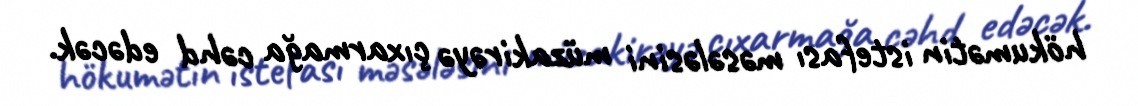
hökumətin istefası məsələsini müzakirəyə çıxarmağa cəhd edəcək.